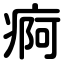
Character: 痾